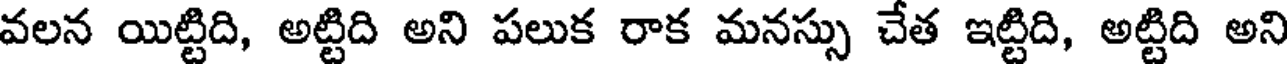
వలన యిట్టిది, అట్టిది అని పలుక రాక మనస్సు చేత ఇట్టిది, అట్టిది అని